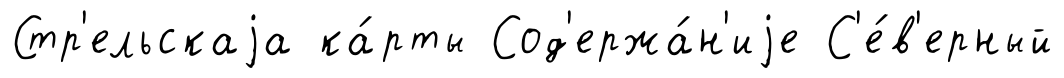
Стр'ельскаjа ка́рты Сод'ержа́н'иjе С'е́в'ерный